Vaccination in Bombay 1863-1868 - 1863-1868
Year: 1863
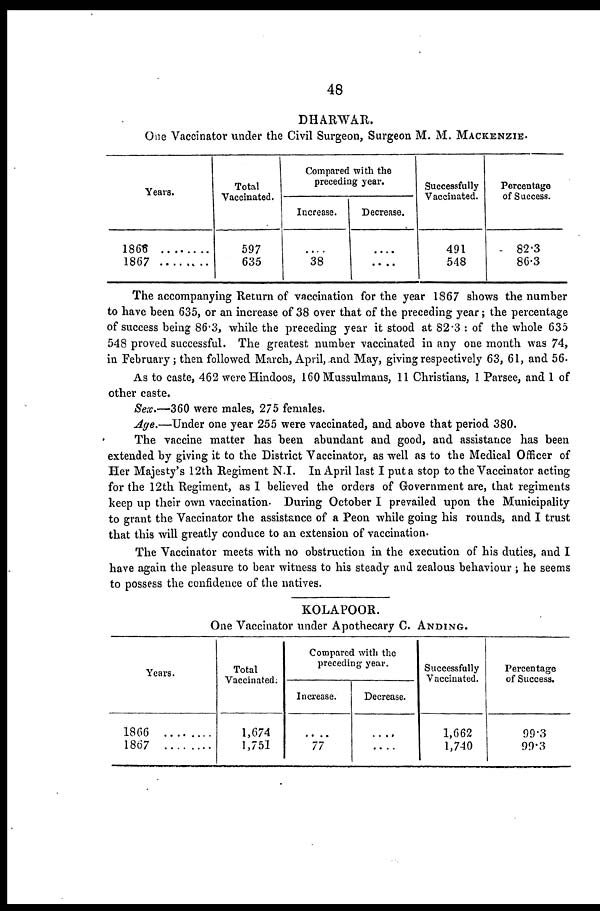
48
DHARWAR.
One Vaccinator under the Civil Surgeon, Surgeon M. M. MACKENZIE.
Years.
1866 ..........
1867 ..........
Total
Vaccinated.
597
635
Compared with the
preceding year.
Increase.
....
38
Decrease.
....
....
Successfully
Vaccinated.
491
548
Percentage
of Success.
82.3
86.3
The accompanying Return of vaccination for the year 1867 shows the number
to have been 635, or an increase of 38 over that of the preceding year; the percentage
of success being 86.3, while the preceding year it stood at 82.3 : of the whole 635
548 proved successful. The greatest number vaccinated in any one month was 74,
in February; then followed March, April, and May, giving respectively 63, 61, and 56.
As to caste, 462 were Hindoos, 160 Mussulmans, 11 Christians, 1 Parsee, and 1 of
other caste.
Sex.—360 were males, 275 females.
Age.—Under one year 255 were vaccinated, and above that period 380.
The vaccine matter has been abundant and good, and assistance has been
extended by giving it to the District Vaccinator, as well as to the Medical Officer of
Her Majesty's 12th Regiment N.I. In April last I put a stop to the Vaccinator acting
for the 12th Regiment, as I believed the orders of Government are, that regiments
keep up their own vaccination. During October I prevailed upon the Municipality
to grant the Vaccinator the assistance of a Peon while going his rounds, and I trust
that this will greatly conduce to an extension of vaccination.
The Vaccinator meets with no obstruction in the execution of his duties, and I
have again the pleasure to bear witness to his steady and zealous behaviour ; he seems
to possess the confidence of the natives.
KOLAPOOR.
One Vaccinator under Apothecary C. ANDING.
Years.
1866
1867
Total
Vaccinated:
1,674
1,751
Compared with the
preceding year.
Increase.
....
77
Decrease.
....
....
Successfully
Vaccinated.
1,662
1,740
Percentage
of Success.
99.3
99.3